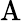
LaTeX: \operatorname{A}